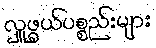
လှူဖွယ်ပစ္စည်းများ